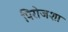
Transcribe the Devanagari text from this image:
पिरोजशा